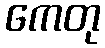
ကေတု